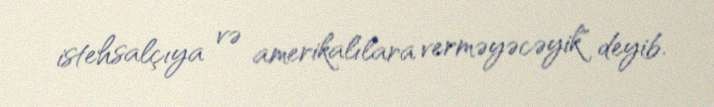
istehsalçıya və amerikalılara verməyəcəyik" deyib.